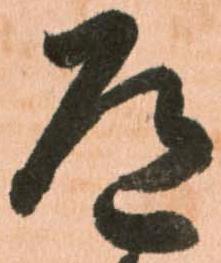
道